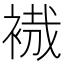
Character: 𧚶